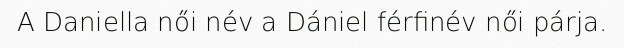
A Daniella női név a Dániel férfinév női párja.